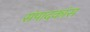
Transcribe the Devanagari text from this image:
संपादकांस